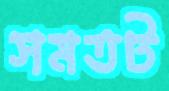
সমতট